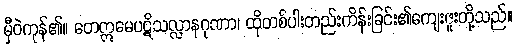
မှီဝဲကုန်၏။ တေဣမေပဋိသလ္လာနဂုဏာ၊ ထိုတစ်ပါးတည်းကိန်းခြင်း၏ကျေးဇူးတို့သည်။